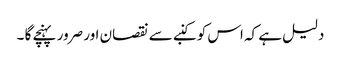
دلیل ہے کہ اس کو کنبے سے نقصان اور صرور پہنچے گا ۔